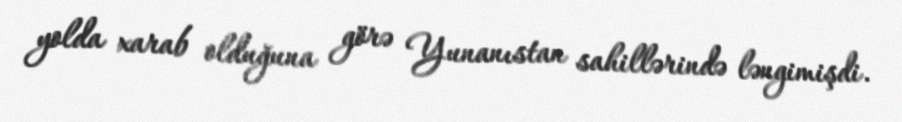
yolda xarab olduğuna görə Yunanıstan sahillərində ləngimişdi.